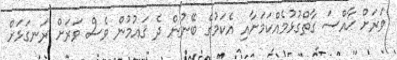
ވަރަށް ޚާއްސަ ގާތްގުޅުމެއްކަމަށާއި އެކަމުގެ ބޭނުން ދެ ޤައުމުން ވެސް ވަރަށް ރަނގަޅަށް